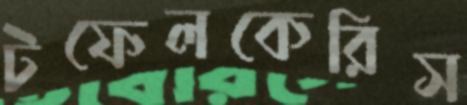
টফেলকেরিস